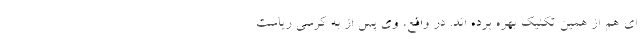
ای هم از همین تکنیک بهره بُرده اند. در واقع، وی پس از به کرسی ریاست